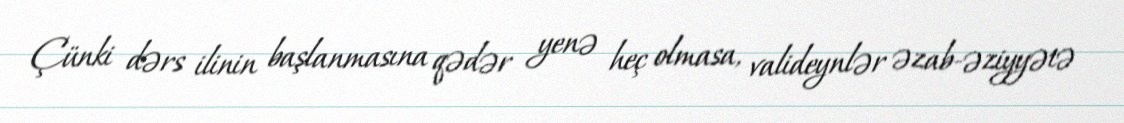
Çünki dərs ilinin başlanmasına qədər yenə heç olmasa, valideynlər əzab-əziyyətə